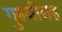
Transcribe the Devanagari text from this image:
गुरुजींसह